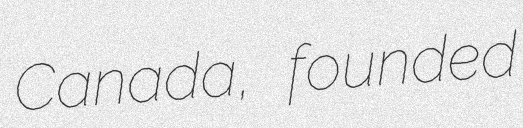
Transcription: Canada, founded